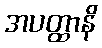
အပတ္ထာနိ